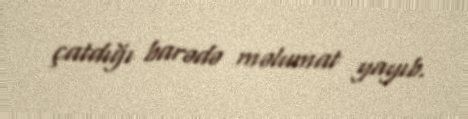
çatdığı barədə məlumat yayıb.